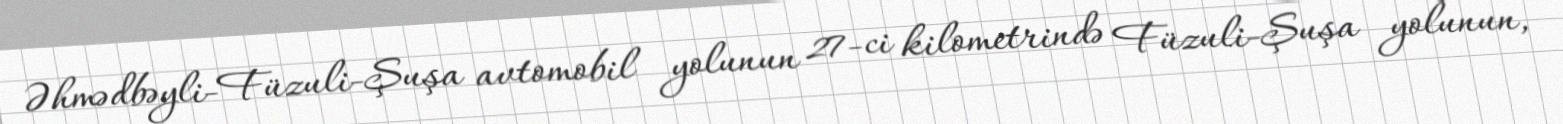
Əhmədbəyli-Füzuli-Şuşa avtomobil yolunun 27-ci kilometrində Füzuli-Şuşa yolunun,